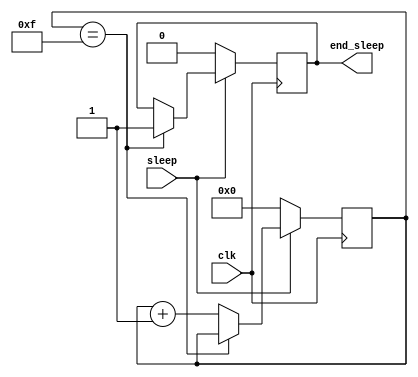
module rate_divider(
	input clk, sleep,
	
	output reg end_sleep
		);
		
	reg [3:0] counter;	

	always @(posedge clk) begin
		// as long as sleep signal is 0, values stay at 0
		if (!sleep) begin
			counter <= 0;
			end_sleep <= 0;
		end
		// once counter reaches a certain value, send controller end_sleep signal
		else if (counter == 4'b1111) begin
			end_sleep <= 1;
		end
		// once sleep goes high, counter begins counting
		else if (sleep) begin
			counter <= counter + 1'b1;
		end
		// on next clock edge, reset back to 0
		else if (end_sleep == 1) begin
			end_sleep <= 0;
			counter <= 0;
		end

	end
	
endmodule